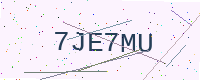
Text: 7JE7MU